Sketch of the medical history of the native army of Bombay, for the year
Year: 1875
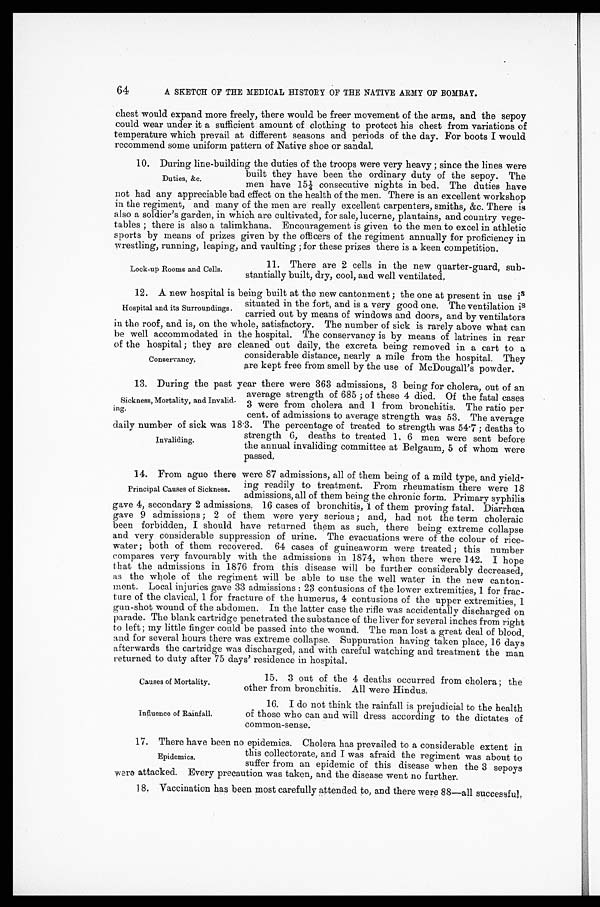
Causes of Mortality.
Influence of Rainfall.
64
A SKETCH OF THE MEDICAL HISTORY OF THE NATIVE ARMY OF BOMBAY.
chest would expand more freely, there would be freer movement of the arms, and the sepoy
could wear under it a sufficient amount of clothing to protect his chest from variations of
temperature which prevail at different seasons and periods of the day. For boots I would
recommend some uniform pattern of Native shoe or sandal.
10. During line-building the duties of the troops were very heavy; since the lines were
built they have been the ordinary duty of the sepoy. The
men have 15¼ consecutive nights in bed, The duties have
not had any appreciable bad effect on the health of the men. There is an excellent workshop
in the regiment, and many of the men are really excellent carpenters, smiths, &c. There is
also a soldier's garden, in which are cultivated, for sale, lucerne, plantains, and country vege
-
tables; there is also a talimkhana. Encouragement is given to the men to excel in athletic
sports by means of prizes given by the officers of the regiment annually for proficiency in
wrestling, running, leaping, and vaulting; for these prizes there is a keen competition.
Duties, &c.
Lock-up Rooms and Cells.
11. There are 2 cells in the new quarter-guard, sub
-stantially built, dry, cool, and well ventilated.
12. A new hospital is being built at the new cantonment; the one at present in use is
situated in the fort, and is a very good one. The ventilation is
carried out by means of windows and doors, and by ventilators
in the roof, and is, on the whole, satisfactory. The number of sick is rarely above what can
be well accommodated in the hospital. The conservancy is by means of latrines in rear
of the hospital; they are cleaned out daily, the excreta being removed in a cart to a
considerable distance, nearly a mile from the hospital. They
are kept free from smell by the use of McDougall's powder.
13. During the past year there were 363 admissions, 3 being for cholera, out of an
average strength of 685; of these 4 died. Of the fatal cases
3 were from cholera and 1 from bronchitis. The ratio per
cent. of admissions to average strength was 53. The average
daily number of sick was 18.3. The percentage of treated to strength was 54.7; deaths to
strength 6, deaths to treated 1. 6 men were sent before
the annual invaliding committee at Belgaum, 5 of whom were
passed.
14. From ague there were 87 admissions, all of them being of a mild type, and yield
-
ing readily to treatment. From rheumatism there were 18
admissions, all of them being the chronic form. Primary syphilis
gave 4, secondary 2 admissions. 16 cases of bronchitis, 1 of them proving fatal. Diarrhœa
gave 9 admissions; 2 of them were very serious; and, had not the term choleraic
been forbidden, I should have returned them as such, there being extreme collapse
and very considerable suppression of urine. The evacuations were of the colour of rice
-
w a t e r ; b o t h o f t h e m r e c o v e r e d . 6 4 c a s e s o f g u i n e a w o r m w e r e t r e a t e d ; t h i s n u m b e r
compares very favourably with the admissions in 1874, when there were 142. I hope
that the admissions in 1876 from this disease will be further considerably decreased,
as the whole of the regiment will be able to use the well water in the new canton
-
ment. Local injuries gave 33 admissions: 23 contusions of the lower extremities, 1 for frac
-
ture of the clavical, 1 for fracture of the humerus, 4 contusions of the upper extremities, 1
gun-shot wound of the abdomen. In the latter case the rifle was accidentally discharged on
parade. The blank cartridge penetrated the substance of the liver for several inches from right
to left; my little finger could be passed into the wound. The man lost a great deal of blood,
and for several hours there was extreme collapse. Suppuration having taken place, 16 days
afterwards the cartridge was discharged, and with careful watching and treatment the man
returned to duty after 75 days' residence in hospital.
Hospital and its Surroundings.
Conservancy.
Sickness, Mortality, and Invalid
-
ing.
Invaliding.
Principal Causes of Sickness.
15. 3 out of the 4 deaths occurred from cholera; the
other from bronchitis. All were Hindus.
16. I do not think the rainfall is prejudicial to the health
of those who can and will dress according to the dictates of
common-sense.
17. There have been no epidemics. Cholera has prevailed to a considerable extent in
this collectorate, and I was afraid the regiment was about to
suffer from an epidemic of this disease when the 3 sepoys
were attacked. Every precaution was taken, and the disease went no further.
18. Vaccination has been most carefully attended to, and there were 88—all successful.
Epidemics.